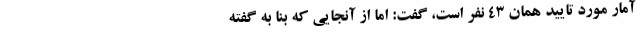
آمار مورد تایید همان 43 نفر است، گفت: اما از آنجایی که بنا به گفته